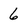
Character: 6